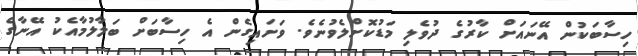
ހިސާބަކުން އޭނައަށް ކާރުގެ ދުވެލި މަޑުކޮށްލެވުނެވެ. ވަށައިގެން އެ ހިސާބަށް ބަލާލުމާއެކު އޭނާގެ